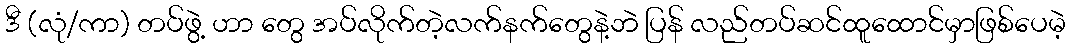
ဒီ (လုံ/ကာ) တပ်ဖွဲ့ ဟာ တွေ အပ်လိုက်တဲ့လက်နက်တွေနဲ့ဘဲ ပြန် လည်တပ်ဆင်ထူထောင်မှာဖြစ်ပေမဲ့